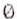
0